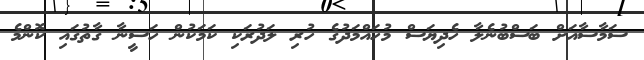
ސަމާސާއަށް ބަސްބުނެލާ ހެދިޔަސް މުހައްމަދުގެ ހުރި ލަދުރަކި ކަމަކުން ހަސީނާ ގާތުގައި ކޮންމެ